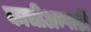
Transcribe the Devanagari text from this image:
काचीअम्पाठी